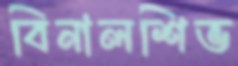
বিনালশিভ